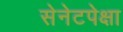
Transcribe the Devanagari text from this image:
सेनेटपेक्षा